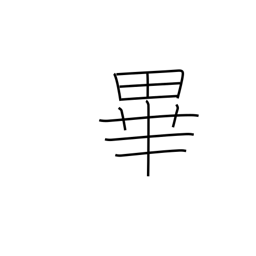
Meaning: the end